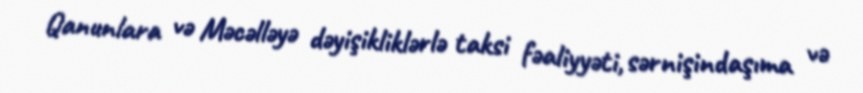
Qanunlara və Məcəlləyə dəyişikliklərlə taksi fəaliyyəti, sərnişindaşıma və